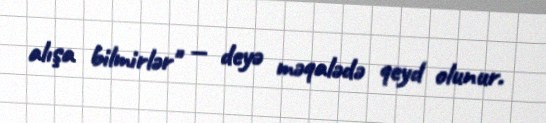
alışa bilmirlər" — deyə məqalədə qeyd olunur.